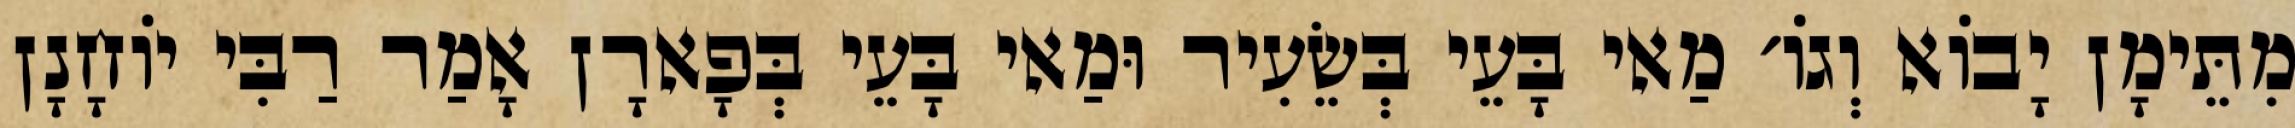
מִתֵּימָן יָבוֹא וְגוֹ׳ מַאי בָּעֵי בְּשֵׂעִיר וּמַאי בָּעֵי בְּפָארָן אָמַר רַבִּי יוֹחָנָן